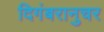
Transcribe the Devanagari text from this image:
दिगंबरानुचर